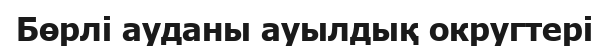
Бөрлі ауданы ауылдық округтері